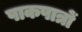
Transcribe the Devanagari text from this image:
पाकपात्रों